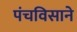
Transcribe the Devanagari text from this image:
पंचविसाने